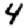
Digit: 4